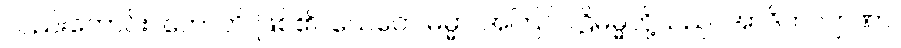
လည်းကောင်း။ ဟောတိ၊ ဖြစ်၏။ ယေတေ ဓမ္မာ၊ အကြင်ပါဠိဓမ္မတို့သည်။ အာဒိကလျာဏာ၊